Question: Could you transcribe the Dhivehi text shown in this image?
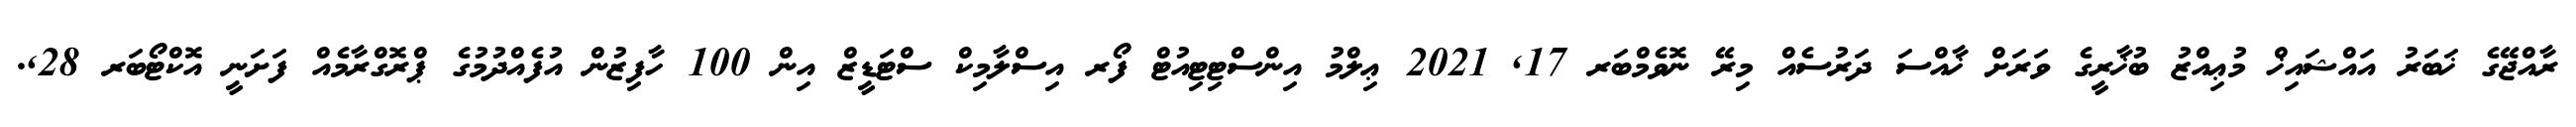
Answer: ރާއްޖޭގެ ޚަބަރު އައްޝައިޚް މުޢިއްޒު ބުޚާރީގެ ވަރަށް ޚާއްސަ ދަރުސެއް މިރޭ ނޮވެމްބަރ 17, 2021 ޢިލްމު އިންސްޓިޓިއުޓް ފޯރ އިސްލާމިކް ސްޓަޑީޒް އިން 100 ހާފިޒުން އުފެއްދުމުގެ ޕްރޮގްރާމެއް ފަށަނީ އޮކްޓޯބަރ 28,.